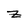
Character: Z